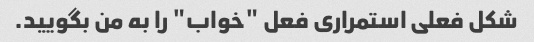
شکل فعلی استمراری فعل "خواب" را به من بگویید.